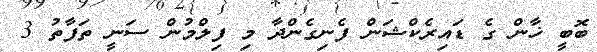
ބޮބީ ޚާން ގެ ޑައިރެކްޝަން ފެނިގެންދާ މި ފިލްމުން ސަނީ ތަފާތު 3